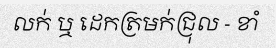
លក់ ឬ ដេកត្រមក់ជ្រុល - ខាំ